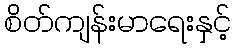
စိတ်ကျန်းမာရေးနှင့်